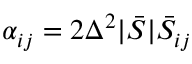
\alpha _ { i j } = 2 \Delta ^ { 2 } | \bar { S } | \bar { S } _ { i j }